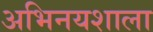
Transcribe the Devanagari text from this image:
अभिनयशाला